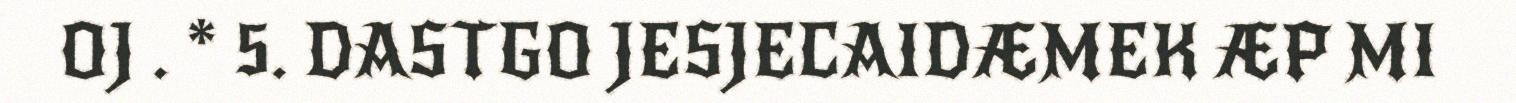
OJ . * 5. DASTGO JESJECAIDÆMEK ÆP MI